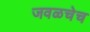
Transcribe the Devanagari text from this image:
जवळचेच